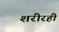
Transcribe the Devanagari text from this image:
शरीरही